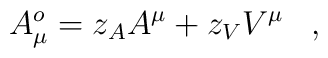
A^o_{\mu} = z_A A^\mu + z_V V^\mu \; \; \; ,